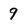
Character: 9